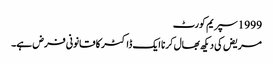
1999 سپریم کورٹ
مریض کی دیکھ بھال کرنا ایک ڈاکٹر کا قانونی فرض ہے۔